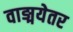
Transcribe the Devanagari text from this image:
वाङ्मयेतर